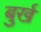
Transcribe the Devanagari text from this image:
बुर्ख